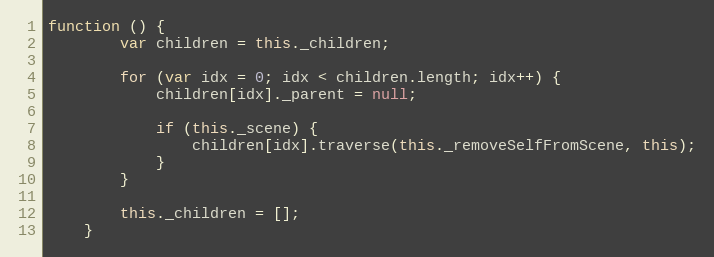
Language: JavaScript
function () {
        var children = this._children;

        for (var idx = 0; idx < children.length; idx++) {
            children[idx]._parent = null;

            if (this._scene) {
                children[idx].traverse(this._removeSelfFromScene, this);
            }
        }

        this._children = [];
    }